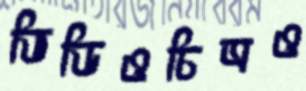
ভিডিওচিত্রও